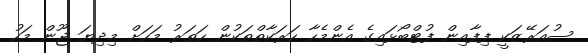
ސުއަރޭޒަކީ ފިފާއިން ފުޓްބޯޅައިގެ އެންމެހާ ހަރަކާތްތަކުން ހަތަރު މަހަށް މިދިޔަ ޖޫން މަހު